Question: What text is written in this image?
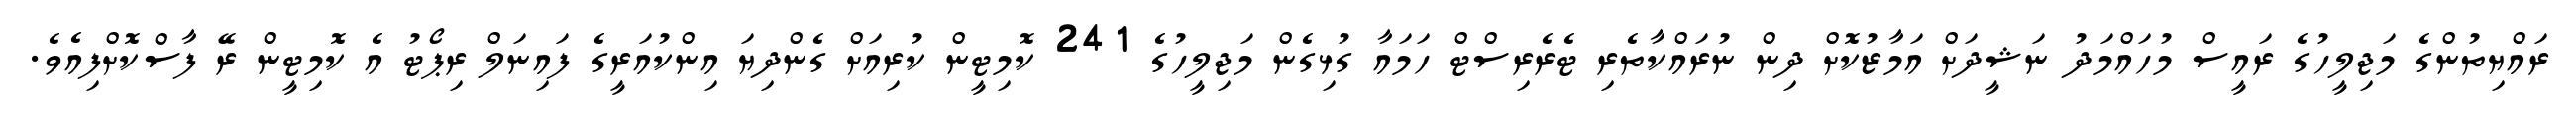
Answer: ރައްޔިތުންގެ މަޖިލީހުގެ ރައީސް މުހައްމަދު ނަޝީދަށް އަމާޒުކޮށް ދިން ނުރައްކާތެރި ޓެރެރިސްޓް ހަމައާ ގުޅިގެން މަޖިލީހުގެ 241 ކޮމިޓީން ކުރިއަށް ގެންދިޔަ އިންކުއަރީގެ ފައިނަލް ރިޕޯޓު އެ ކޮމިޓީން ރޭ ފާސްކޮށްފިއެވެ.